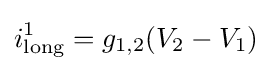
i_{\text{long}}^{1}=g_{1,2}(V_{2}-V_{1})